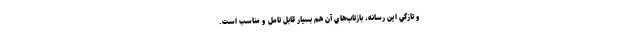
و تازگي اين رسانه، بازتاب‌هاي آن هم بسيار قابل تامل و مناسب است.